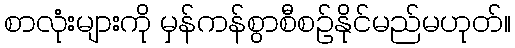
စာလုံးများကို မှန်ကန်စွာစီစဉ်နိုင်မည်မဟုတ်။